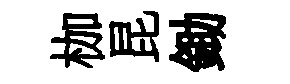
枷昆鋤